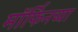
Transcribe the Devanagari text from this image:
मॉर्फिनच्या